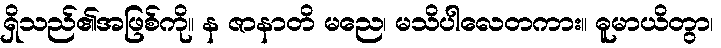
ရှိသည်၏အဖြစ်ကို။ န ဇာနာတိ မညေ၊ မသိပါလေတကား။ ဓူမာယိတွာ၊